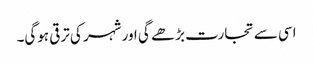
اسی سے تجارت بڑھے گی اور شہر کی ترقی ہوگی۔